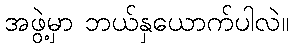
အဖွဲ့မှာ ဘယ်နှယောက်ပါလဲ။